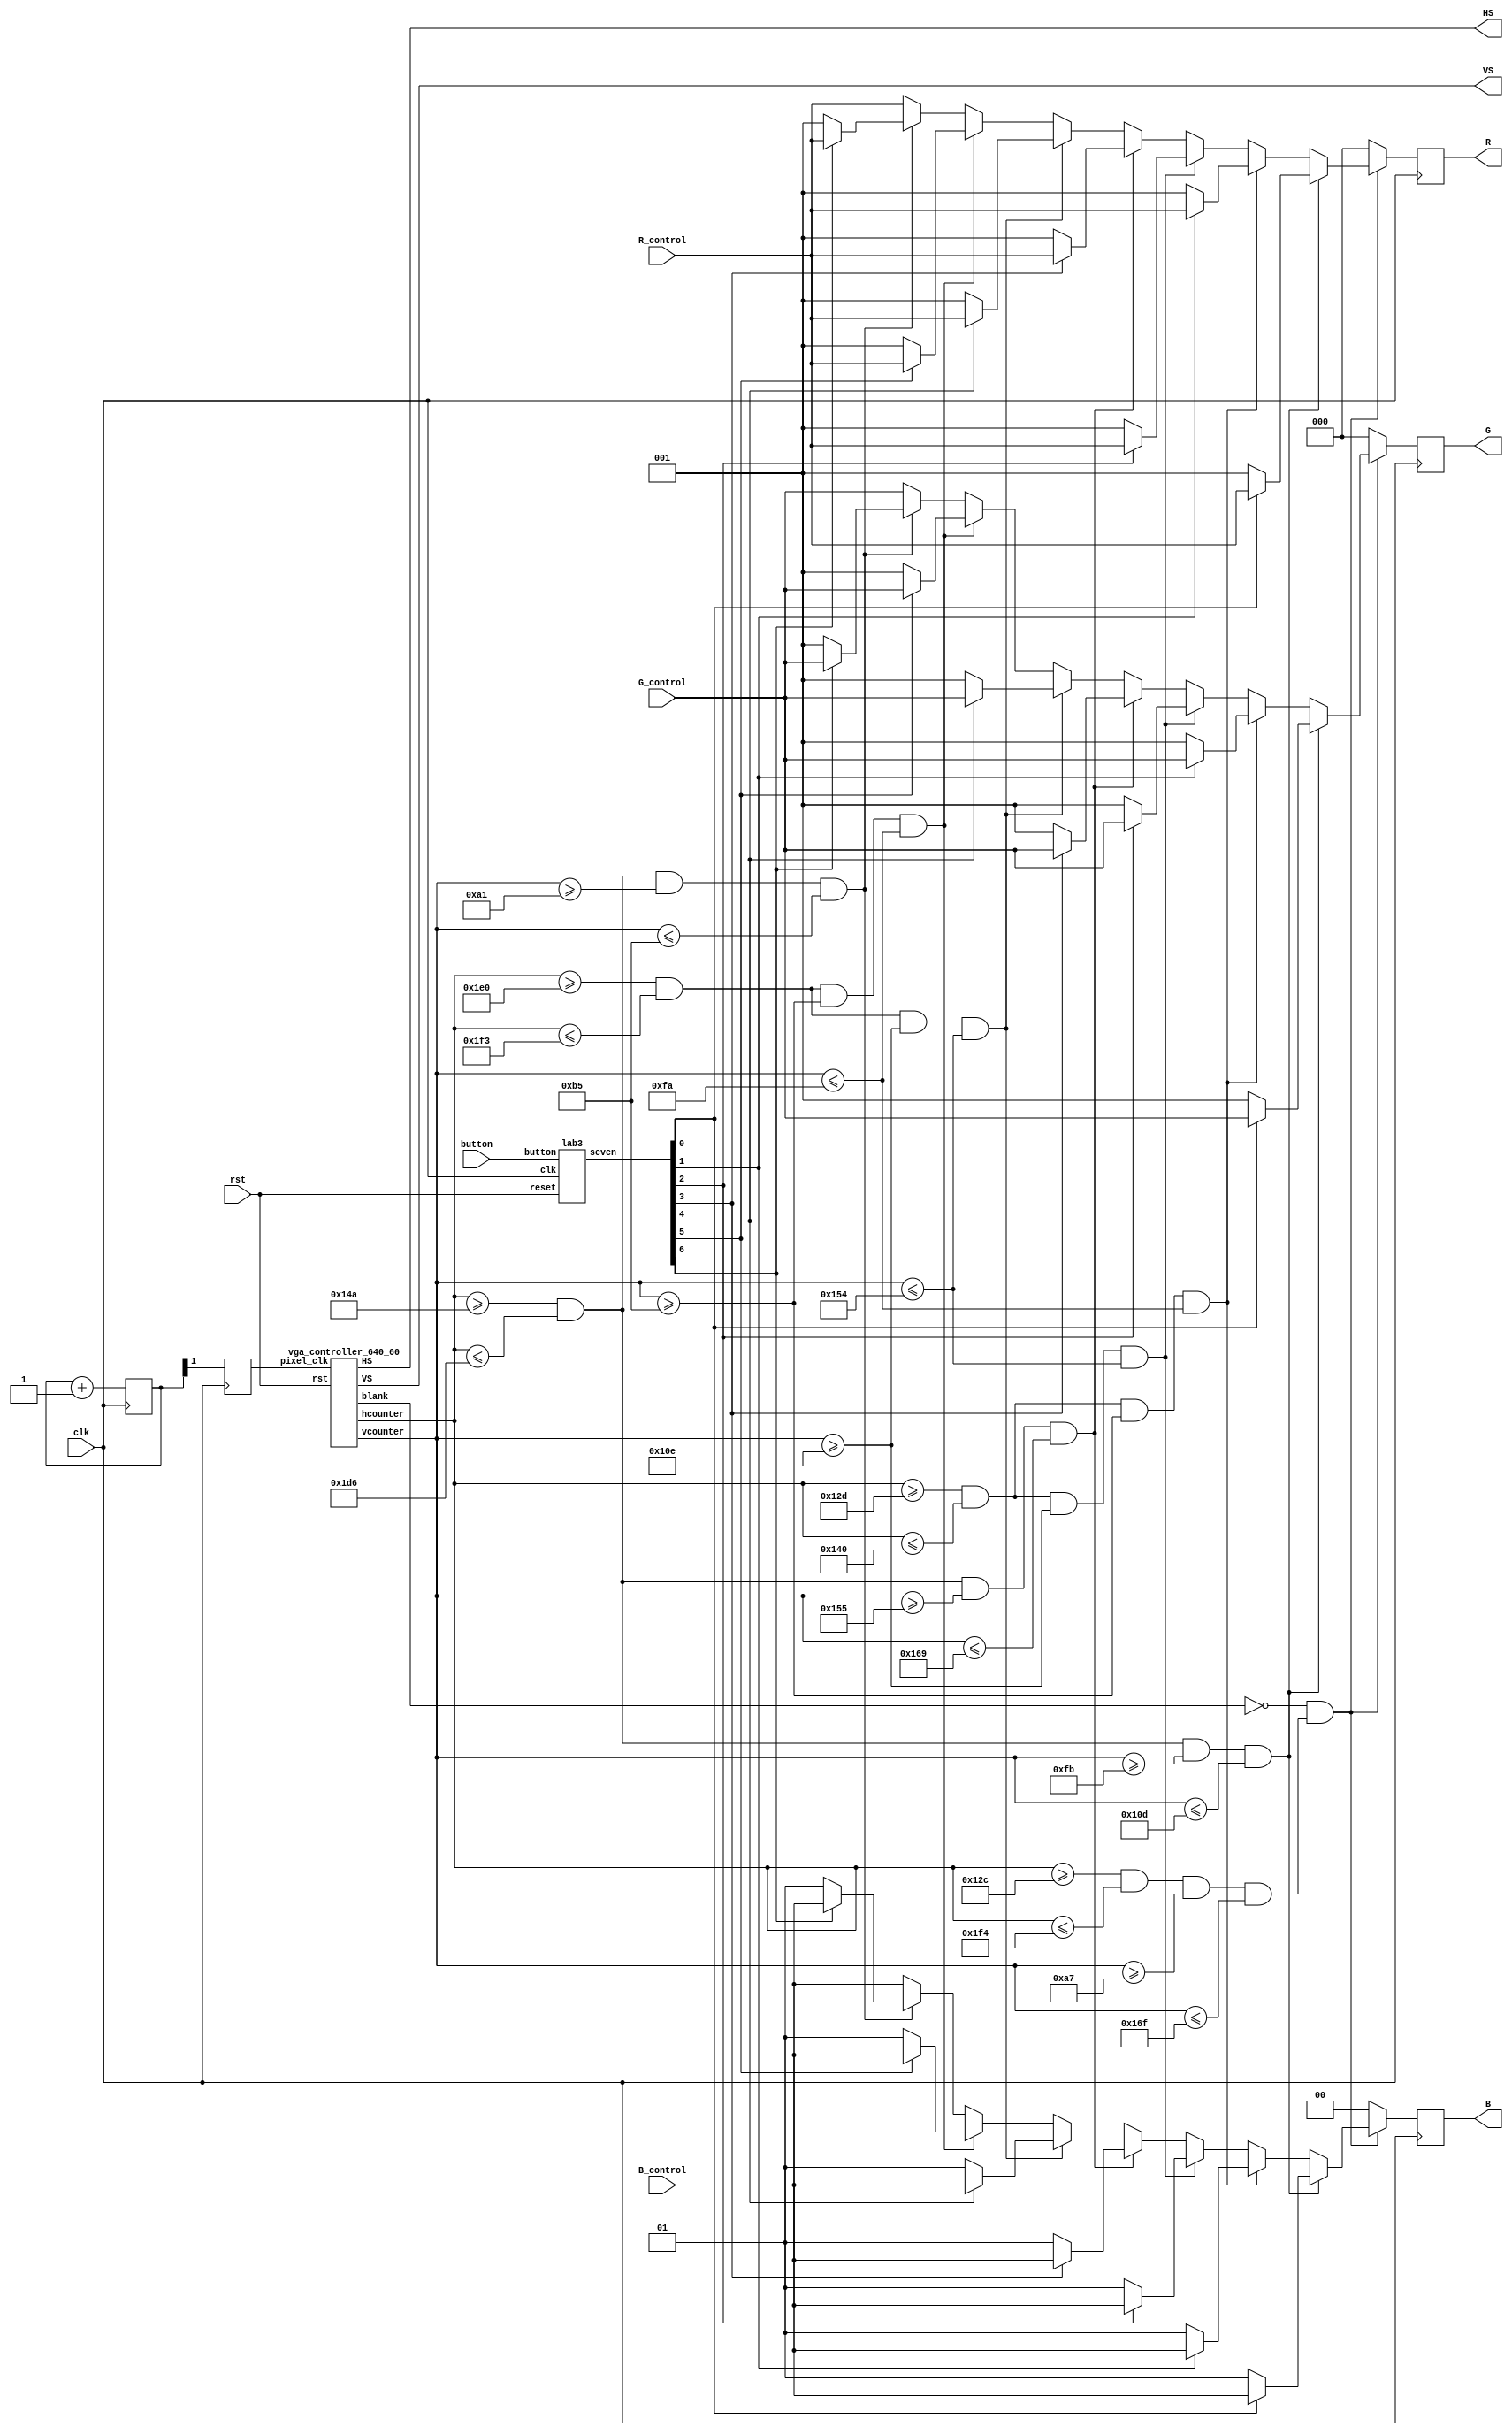
`timescale 1ns / 1ps

module vga_display(button, rst, clk, R, G, B, HS, VS, R_control, G_control, B_control);
        input rst;      // global reset
        input clk;      // 100MHz clk
        input button; // button
        wire [6:0] seven;

        // color inputs for a given pixel
        input [2:0] R_control, G_control;
        input [1:0] B_control;

        // color outputs to show on display (current pixel)
        output reg [2:0] R, G;
        output reg [1:0] B;

        // Synchronization signals
        output HS;
        output VS;

        // controls:
        wire [10:0] hcount, vcount;     // coordinates for the current pixel
        wire blank;     // signal to indicate the current coordinate is blank
        wire figure;    // the figure you want to display

        /////////////////////////////////////////////////////
        // Begin clock division
        parameter N = 2;        // parameter for clock division
        reg clk_25Mhz;
        reg [N-1:0] count;
        always @ (posedge clk) begin
                count <= count + 1'b1;
                clk_25Mhz <= count[N-1];
        end
        // End clock division
        /////////////////////////////////////////////////////

        // Call driver
        vga_controller_640_60 vc(
                .rst(rst),
                .pixel_clk(clk_25Mhz),
                .HS(HS),
                .VS(VS),
                .hcounter(hcount),
                .vcounter(vcount),
                .blank(blank));

        // Call Lab 3
        lab3 L3(clk, button, rst, seven);

        // create a box:
        assign figure = ~blank & (hcount >= 300 & hcount <= 500 & vcount >= 167 & vcount <= 367);

        // create a figure
        assign a = (hcount >= 330 & hcount <= 470 & vcount >= 161 & vcount <= 181);
        assign b = (hcount >= 480 & hcount <= 499 & vcount >= 181 & vcount <= 250);
        assign c = (hcount >= 480 & hcount <= 499 & vcount >= 270 & vcount <= 340);
        assign d = (hcount >= 330 & hcount <= 470 & vcount >= 341 & vcount <= 361);
        assign e = (hcount >= 301 & hcount <= 320 & vcount >= 270 & vcount <= 340);
        assign f = (hcount >= 301 & hcount <= 320 & vcount >= 181 & vcount <= 250);
        assign g = (hcount >= 330 & hcount <= 470 & vcount >= 251 & vcount <= 269);

        // Insert your logic for displaying numbers in the following code section:

        always @ (posedge clk) begin
        if (figure) begin
                R = R_control;
                G = G_control;
                B = B_control;
                if (a == 1) begin
                        if (!seven[6]) begin
                                R = 1;
                                G = 1;
                                B = 1;
                                end
                        else begin
                                R = R_control;
                                G = G_control;
                                B = B_control;
                        end
                        end
                if (b == 1) begin
                        if (!seven[5]) begin
                                R = 1;
                                G = 1;
                                B = 1;
                                end
                        else begin
                                R = R_control;
                                G = G_control;
                                B = B_control;
                        end
                        end
                if (c == 1) begin
                        if (!seven[4]) begin
                                R = 1;
                                G = 1;
                                B = 1;
                                end
                        else begin
                                R = R_control;
                                G = G_control;
                                B = B_control;
                        end
                        end
                if (d == 1) begin
                        if (!seven[3]) begin
                                R = 1;
                                G = 1;
                                B = 1;
                                end
                        else begin
                                R = R_control;
                                G = G_control;
                                B = B_control;
                        end
                        end
                if (e == 1) begin
                        if (!seven[2]) begin
                                R = 1;
                                G = 1;
                                B = 1;
                                end
                        else begin
                                R = R_control;
                                G = G_control;
                                B = B_control;
                        end
                        end
                if (f == 1) begin
                        if (!seven[1]) begin
                                R = 1;
                                G = 1;
                                B = 1;
                                end
                        else begin
                                R = R_control;
                                G = G_control;
                                B = B_control;
                        end
                        end
                if (g == 1) begin
                        if (!seven[0]) begin
                                R = 1;
                                G = 1;
                                B = 1;
                                end
                        else begin
                                R = R_control;
                                G = G_control;
                                B = B_control;
                        end
                        end
                        end
        else begin      // if you are outside the valid region
                        R = 0;
                        G = 0;
                        B = 0;
                end
                end




        // send colors:
        /*always @ (posedge clk) begin
                if (figure) begin       // if you are within the valid region
                        R = R_control;
                        G = G_control;
                        B = B_control;
                end
                else begin      // if you are outside the valid region
                        R = 0;
                        G = 0;
                        B = 0;
                end
        end*/

endmodule

module lab3(
    input clk,
    input button,
    input reset,
    output [6:0] seven
    );

reg [3:0] count;
initial count <= 0;

debouncer D1(clk, button, clean);

always@(posedge clk)
begin
        if(clean == 1)
                count = count + 1;
        else if(reset == 1)
                count = 0;
end

binary_to_seven B1(seven, count);

endmodule


module debouncer (clk, button, clean);

input clk, button;
output reg clean;
parameter delay = 300000;
reg [21:0] delay_count;

initial delay_count = 0;

always @ (posedge clk) begin

if (button == 1)
        begin
                if (delay_count == delay)
                        begin
                        delay_count <= delay_count + 1'b1;
                        clean <= 1'b1;
                        end

                else
                        begin
                                if (delay_count == 22'b11_1111_1111_1111_1111_1111)
                                        clean <= 1'b0;
                                else
                                        begin
                                        delay_count <= delay_count + 1'b1;
                                        clean <= 1'b0;
                                        end
                        end
        end
else
        begin
        delay_count <= 0;
        clean <= 0;
        end
end
endmodule

module binary_to_seven(seven, count);
input[3:0]count;
output reg [6:0] seven;
always @(*)
case(count)
    4'b0000: seven = 7'b0000001;
    4'b0001: seven = 7'b1001111;
    4'b0010: seven = 7'b0010010;
    4'b0011: seven = 7'b0000110;
    4'b0100: seven = 7'b1001100;
    4'b0101: seven = 7'b0100100;
    4'b0110: seven = 7'b0100000;
    4'b0111: seven = 7'b0001111;
    4'b1000: seven = 7'b0000000;
    4'b1001: seven = 7'b0000100;
    4'b1010: seven = 7'b0001000;
    4'b1011: seven = 7'b1100000;
    4'b1100: seven = 7'b0110001;
    4'b1101: seven = 7'b1000010;
    4'b1110: seven = 7'b0110000;
    4'b1111: seven = 7'b0111000;

    default: seven = 7'b1111111;
endcase
endmodule

module vga_controller_640_60 (rst,pixel_clk,HS,VS,hcounter,vcounter,blank);

	input rst, pixel_clk;	// global reset, pixel clock
	output reg HS, VS, blank;	// sync controls, blank indicator
	output reg [10:0] hcounter, vcounter;	// pixel coordinates

	parameter HMAX = 800; 	// maxium value for the horizontal pixel counter
	parameter VMAX = 525; 	// maxium value for the vertical pixel counter
	parameter HLINES = 640;	// total number of visible columns
	parameter HFP = 648; 	// value for the horizontal counter where front porch ends
	parameter HSP = 744; 	// value for the horizontal counter where the synch pulse ends
	parameter VLINES = 480;	// total number of visible lines
	parameter VFP = 482; 	// value for the vertical counter where the frone proch ends
	parameter VSP = 484; 	// value for the vertical counter where the synch pulse ends
	parameter SPP = 0;		// value for the porch synchronization pulse

	wire video_enable;	// valid region indicator
	
	// create a "blank" indicator
	always@(posedge pixel_clk)begin
		blank <= ~video_enable; 
	end
	
	// Create a horizontal beam trace (horizontal time):
	always@(posedge pixel_clk)begin
		if(rst == 1) hcounter <= 0;
		else if (hcounter == HMAX) hcounter <= 0;
		else hcounter <= hcounter + 1'b1;
	end
	
	// Create a vertical beam trace (vertical time):
	always@(posedge pixel_clk)begin
		if(rst == 1) vcounter <=0;
		else if(hcounter == HMAX) begin
			if(vcounter == VMAX) vcounter <= 0;
			else vcounter <= vcounter + 1'b1; 
		end
	end
	
	// Check if between horizontal porches,
	// if not send horizontal porch synchronization pulse
	always@(posedge pixel_clk)begin
		if(hcounter >= HFP && hcounter < HSP) HS <= SPP;
		else HS <= ~SPP; 
	end
	
	// Check if between vertical porches,
	// if not send vertical porch synchronization pulse
	always@(posedge pixel_clk)begin
		if(vcounter >= VFP && vcounter < VSP) VS <= SPP;
		else VS <= ~SPP; 
	end
	
	// create a video enabled region
	assign video_enable = (hcounter < HLINES && vcounter < VLINES) ? 1'b1 : 1'b0;

endmodule